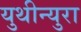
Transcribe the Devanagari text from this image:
युथीन्युरा